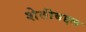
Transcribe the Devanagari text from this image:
शेतीबद्दल